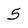
Character: 5